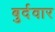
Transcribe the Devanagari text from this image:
बुर्दवार